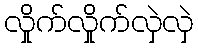
လှိုက်လှိုက်လှဲလှဲ